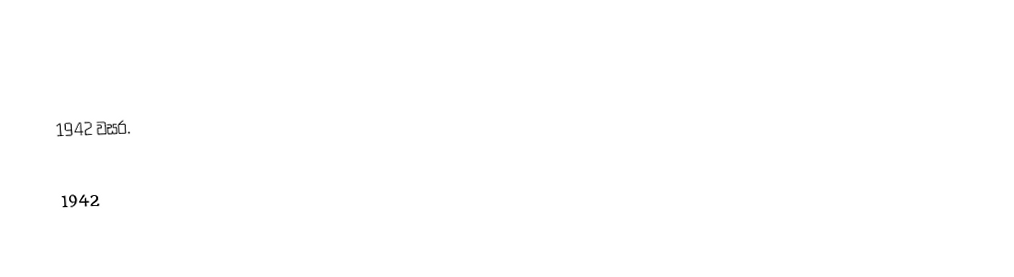
1942 වසර.

1942